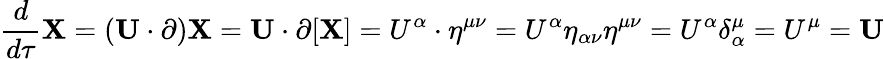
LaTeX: {\frac{d}{d\tau}}\mathbf{X}=(\mathbf{U}\cdot\mathbf{\partial})\mathbf{X}=\mathbf{U}\cdot\mathbf{\partial}[\mathbf{X}]=U^{\alpha}\cdot\eta^{\mu\nu}=U^{\alpha}\eta_{\alpha\nu}\eta^{\mu\nu}=U^{\alpha}\delta_{\alpha}^{\mu}=U^{\mu}=\mathbf{U}